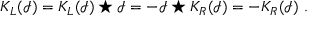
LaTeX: K _ { L } ( \mathcal { I } ) = K _ { L } ( \mathcal { I } ) \star \mathcal { I } = - \mathcal { I } \star K _ { R } ( \mathcal { I } ) = - K _ { R } ( \mathcal { I } ) \ .